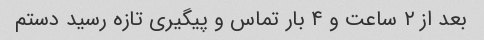
بعد از ۲ ساعت و ۴ بار تماس و پیگیری تازه رسید دستم